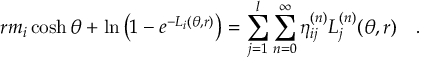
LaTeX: r m _ { i } \cosh \theta + \ln \left( 1 - e ^ { - L _ { i } ( \theta , r ) } \right) = \sum _ { j = 1 } ^ { l } \sum _ { n = 0 } ^ { \infty } \eta _ { i j } ^ { ( n ) } L _ { j } ^ { ( n ) } ( \theta , r ) \quad .